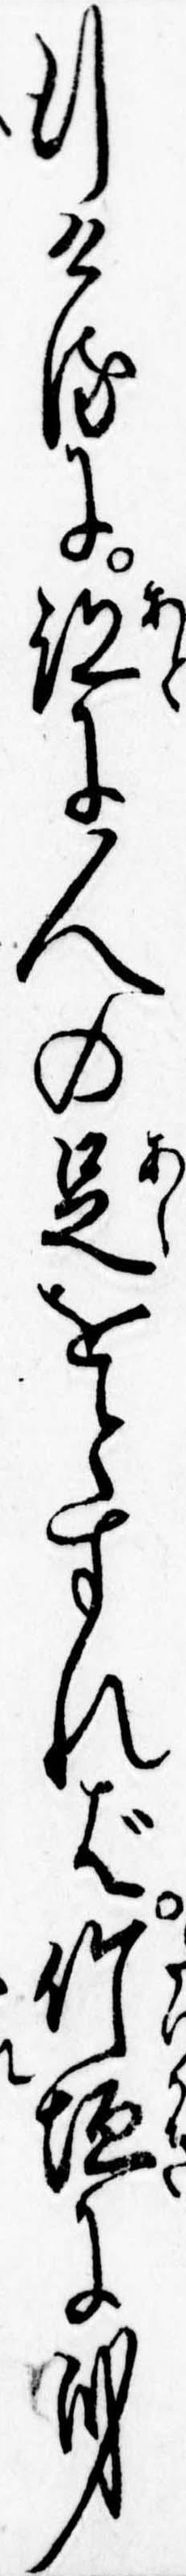
行けるに跡に人の足をとすれば竹垣に身